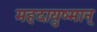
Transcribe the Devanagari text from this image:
महदायुष्मान्